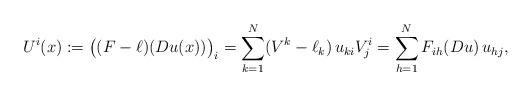
LaTeX: \begin{align*}U^i(x):=\big((F-\ell)(Du(x)) \big)_i =\sum_{k=1}^N(V^k-\ell_k)\, u_{ki} V^i_j=\sum_{h=1}^N F_{i h}(Du) \, u_{h j},\end{align*}